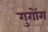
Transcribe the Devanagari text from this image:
गुगोंग